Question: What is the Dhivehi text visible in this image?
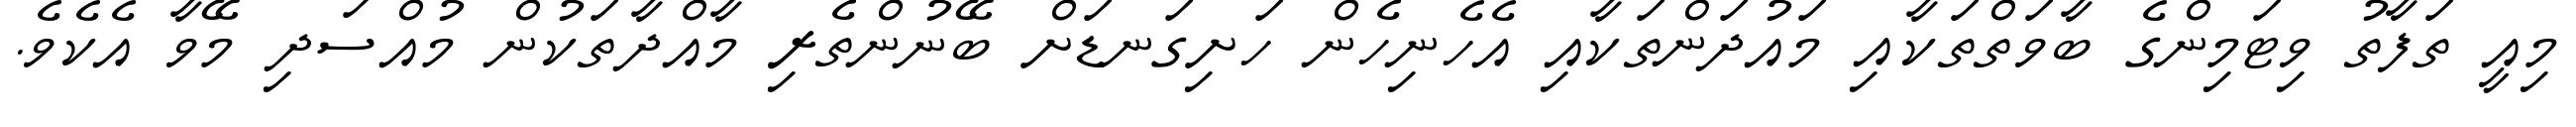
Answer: މިއީ ތަފާތު ވިޓަމިންގެ ބާވަތްތަކާއި މައުދަންތަކާއި އެހެނިހެން ހަށިގަނޑަށް ބޭނުންތެރި މާއްދާތަކުން މުއްސަދި މޭވާ އެކެވެ.